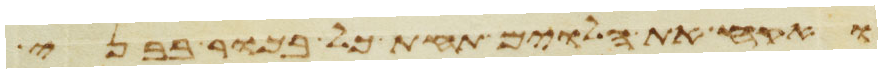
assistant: ואקח את הלוים תחת כל בכור בבני